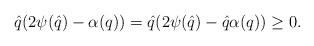
LaTeX: \begin{align*}\hat{q}(2\psi(\hat{q})-\alpha({q}))=\hat{q}(2\psi(\hat{q})-\hat{q}\alpha({q}))\ge 0.\end{align*}